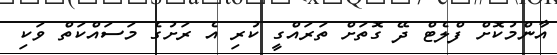
އާންމުކޮށް ފްލެޓް ދޭ ގޮތަށް ތަރައްގީ ކުރި އެ ރަށުގެ މަސައްކަތް ވަކި